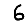
Digit: 6